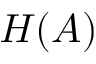
H ( A )